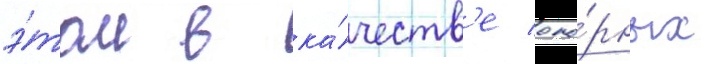
э́том в ка́честв'е опо́рных